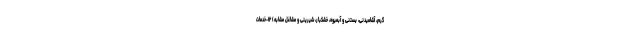
گرم، آشامیدنی، بستنی و آبمیوه، خشکبار، شیرینی و مشاغل مشابه) ۱۲-خدمات